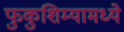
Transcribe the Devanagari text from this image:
फुकुशिम्यामध्ये